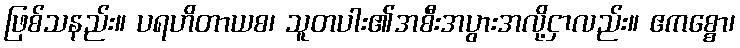
ဖြစ်သနည်း။ ပရဟိတာယစ၊ သူတပါး၏အစီးအပွားအလို့ငှာလည်း။ ဧကစ္စော၊